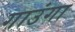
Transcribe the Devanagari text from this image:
गाउंगा